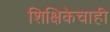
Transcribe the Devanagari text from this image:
शिक्षिकेचाही